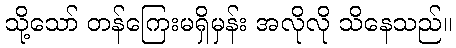
သို့သော် တန်ကြေးမရှိမှန်း အလိုလို သိနေသည်။